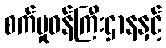
စက်မှုဝန်ကြီးဌာနနှင့်